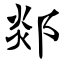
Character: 郯